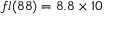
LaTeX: f l ( 8 8 ) = 8 . 8 \times 1 0